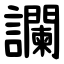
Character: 讕